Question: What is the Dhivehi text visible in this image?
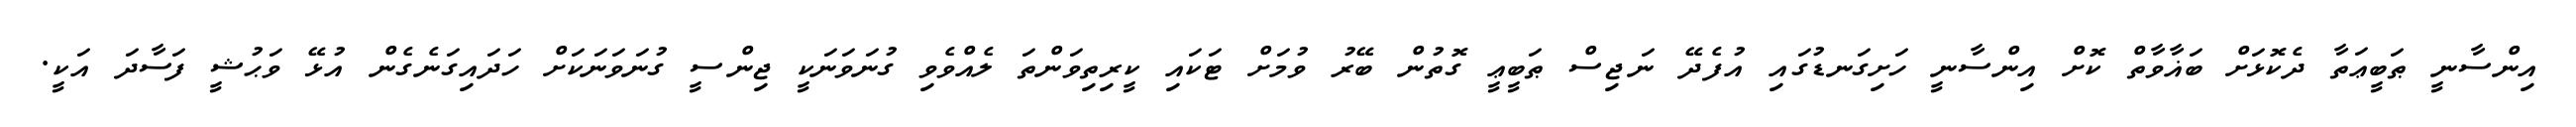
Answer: އިންސާނީ ޠަބީޢަތާ ދެކޮޅަށް ބަޣާވާތް ކޮށް އިންސާނީ ހަށިގަނޑުގައި އުފެދޭ ނަޖިސް ޠަބީޢީ ގޮތުން ބޭރު ވުމަށް ޓަކައި ކީރިތިވަންތަ ލެއްވެވި ގުނަވަނަކީ ޖިންސީ ގުނަވަނަކަށް ހަދައިގަނެގެން އުޅޭ ވަޙުޝީ ފަސާދަ އަކީ.